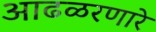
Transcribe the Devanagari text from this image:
आढळरणारे